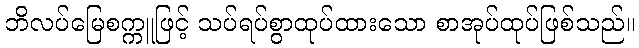
ဘိလပ်မြေစက္ကူဖြင့် သပ်ရပ်စွာထုပ်ထားသော စာအုပ်ထုပ်ဖြစ်သည်။